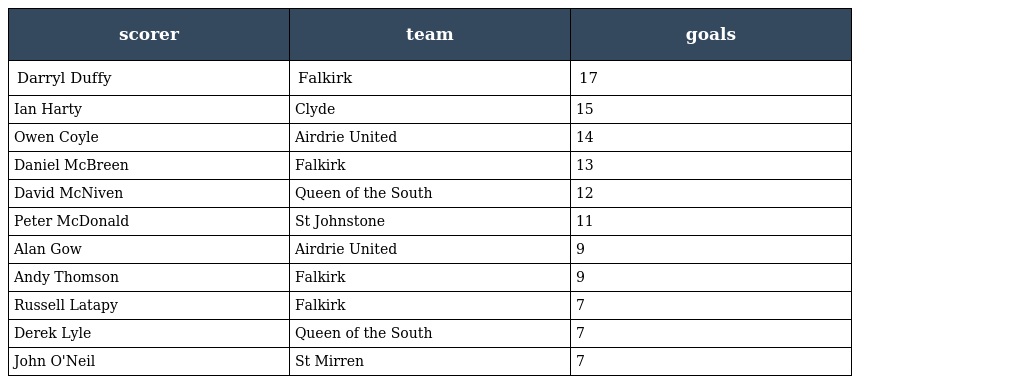
| scorer | team | goals |
 | --- | --- | --- |
 | Darryl Duffy | Falkirk | 17 |
 | Ian Harty | Clyde | 15 |
 | Owen Coyle | Airdrie United | 14 |
 | Daniel McBreen | Falkirk | 13 |
 | David McNiven | Queen of the South | 12 |
 | Peter McDonald | St Johnstone | 11 |
 | Alan Gow | Airdrie United | 9 |
 | Andy Thomson | Falkirk | 9 |
 | Russell Latapy | Falkirk | 7 |
 | Derek Lyle | Queen of the South | 7 |
 | John O'Neil | St Mirren | 7 |